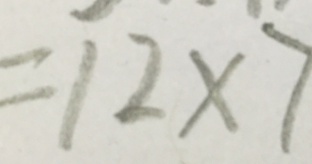
= 1 2 \times 7